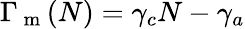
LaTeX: \Gamma_{\mathrm{~m~}}(N)=\gamma_{c}N-\gamma_{a}